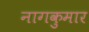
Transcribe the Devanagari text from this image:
नागकुमार